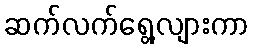
ဆက်လက်ရွေ့လျားကာ